Dysentery in Hazaribagh Central Jail - Number 52
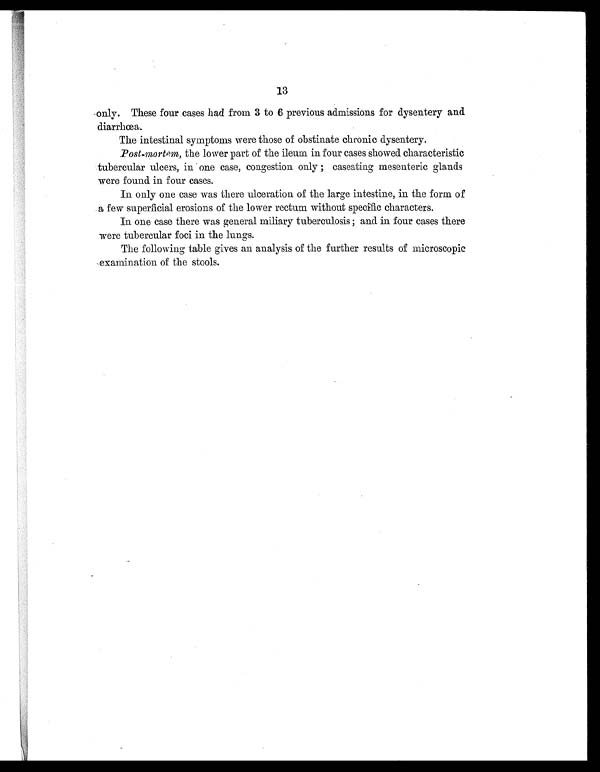
13
only. These four cases had from 3 to 6 previous admissions for dysentery and
diarrhœa.
The intestinal symptoms were those of obstinate chronic dysentery.
Post-mortem, the lower part of the ileum in four cases showed characteristic
tubercular ulcers, in one case, congestion only; caseating. mesenteric glands
were found in four cases.
In only one case was there ulceration of the large intestine, in the form of
a few superficial erosions of the lower rectum without specific characters.
In one case there was general miliary tuberculosis; and in four cases there
were tubercular foci in the lungs.
The following table gives an analysis of the further results of microscopic
examination of the stools.